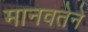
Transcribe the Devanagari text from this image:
मानवतेने